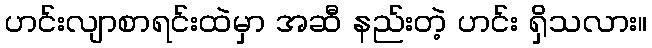
ဟင်းလျာစာရင်းထဲမှာ အဆီ နည်းတဲ့ ဟင်း ရှိသလား။